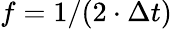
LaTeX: f=1/(2\cdot\Delta t)